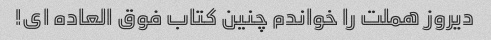
دیروز هملت را خواندم چنین کتاب فوق العاده ای!